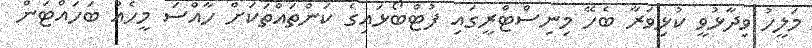
މަލީހު ވިދާޅުވީ ކުޅިވަރާ ބެހޭ މިނިސްޓްރީގައި ފުޓްބޯޅައިގެ ކަންތައްތަކަށް ހާއްސަ މީހެއް ބަހައްޓަން